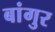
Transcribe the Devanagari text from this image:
बांगुर